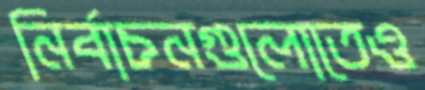
নির্বাচনগুলোতেও